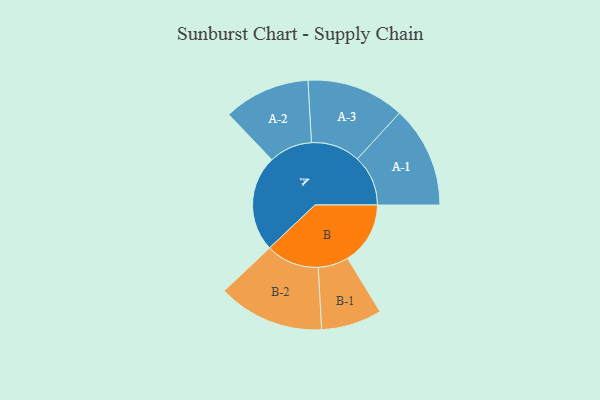
{"axis": {"x": "Segment", "y": "Value"}, "legend": ["", "A", "B"], "data": [{"x": "A", "y": 484, "type": ""}, {"x": "B", "y": 316, "type": ""}, {"x": "A-1", "y": 256, "type": "A"}, {"x": "A-2", "y": 218, "type": "A"}, {"x": "A-3", "y": 247, "type": "A"}, {"x": "B-1", "y": 153, "type": "B"}, {"x": "B-2", "y": 268, "type": "B"}]}